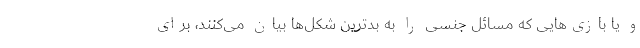
و یا بازی‌هایی که مسائل جنسی را به بدترین شکل‌ها بیان می‌کنند، برای